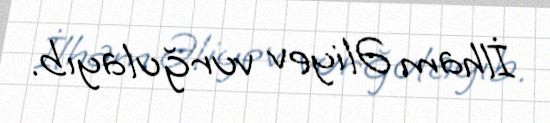
İlham Əliyev vurğulayıb.